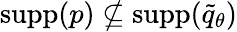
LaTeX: \textrm{supp}(p)\nsubseteq{\textrm{supp}}(\widetilde{q}_{\theta})